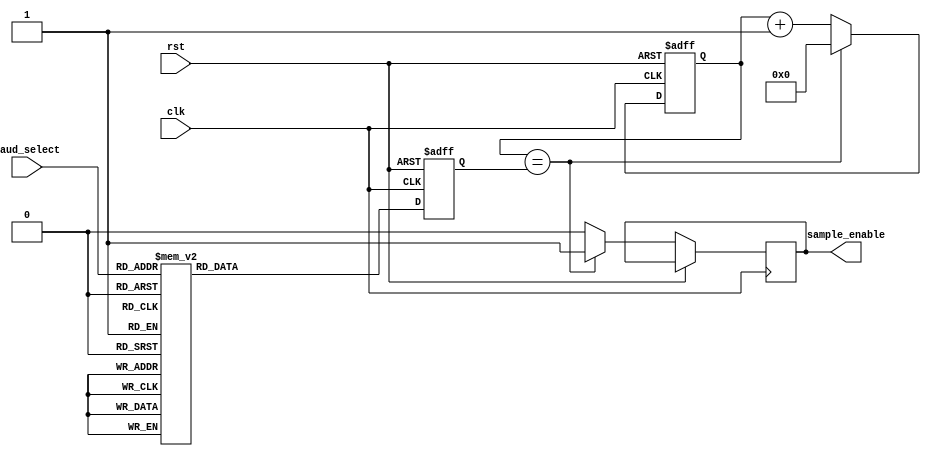
`timescale 1ns / 1ps
//////////////////////////////////////////////////////////////////////////////////
// Company: 
// 
// Design Name: 
// Module Name:    baud_controller 
// Project Name: 	UART Implementation
// Target Devices: SPARTAN3
// Tool versions: 
// Description: 
//
// Dependencies: 
//
// Revision: 
// Revision 0.01 - File Created
// Additional Comments: 
//
//////////////////////////////////////////////////////////////////////////////////
module baud_controller_Tr(
			rst,
			clk,
			baud_select,
			sample_enable
    );
	/*FPGA's clk =50Mz*/
	input rst,clk;
	input [2:0] baud_select;
	output sample_enable;
	
	/*kataxwritis gia tin apothikeysi tou kentro tis periodou (1/16*Baud_Rate)/2*/
	reg [9:0] divided_baud;
	
	reg [9:0] sample_counter;
	
	reg sample;
	
	/*assign to sima deigmatolipsias*/
	assign sample_enable = sample; 
	
	
	always @ (posedge clk or posedge rst)
	begin
			if(rst) begin
					 divided_baud = 10'b0;
			end
			else begin
			
				case(baud_select)
						
						3'b000: begin
										divided_baud = 10417; //Baud_rate=300bits/sec
									end
					
						3'b001: begin
										divided_baud = 2604; //Baud rate=1200 bits/sec
									end
						
						3'b010: begin
										divided_baud = 651; //Baud_rate=4800 bits/sec
									end
						
						3'b011: begin
										divided_baud = 326; //Baud_rate = 9600bits/sec
									end
						
						3'b100: begin
										divided_baud = 163; //Baud_Rate = 19200bits/sec
									end
						
						3'b101: begin
										divided_baud = 81; //Baud_Rate = 38400bits/sec
									end
						
						3'b110:	begin
										divided_baud = 54; //Baud_rate = 57600bits/sec
									end
						3'b111: begin
										divided_baud = 27; //Baud_rate = 115200bits/
									end
				
				
				endcase		
				
			end
			
	end
	
	always@(posedge clk or posedge rst)
	begin
		if(rst) begin
			sample_counter = 22'b0;
		end
		else begin
			
			if(sample_counter==divided_baud) begin
					sample = 1'b1;
					sample_counter = 10'b0;
			end
			else begin
					sample_counter = sample_counter + 1;
					sample = 1'b0;
			end
			
		end
			
	end
	
endmodule